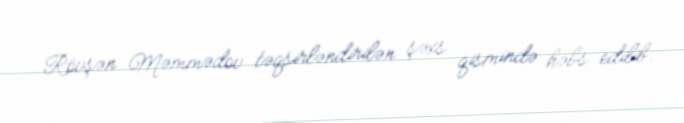
Rövşən Məmmədov təqsirləndirilən şəxs qismində həbs edilib.